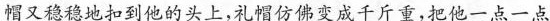
帽又稳稳地扣到他的头上，礼帽仿佛变成千斤重，把他一点一点